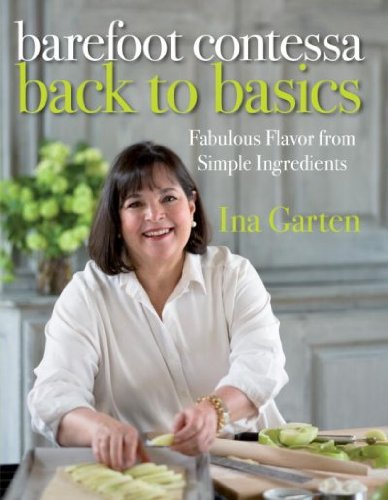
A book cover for Barefoot Contessa Back to Basics: Fabulous Flavor from Simple Ingredients; Ina Garten; Cookbooks, Food & Wine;